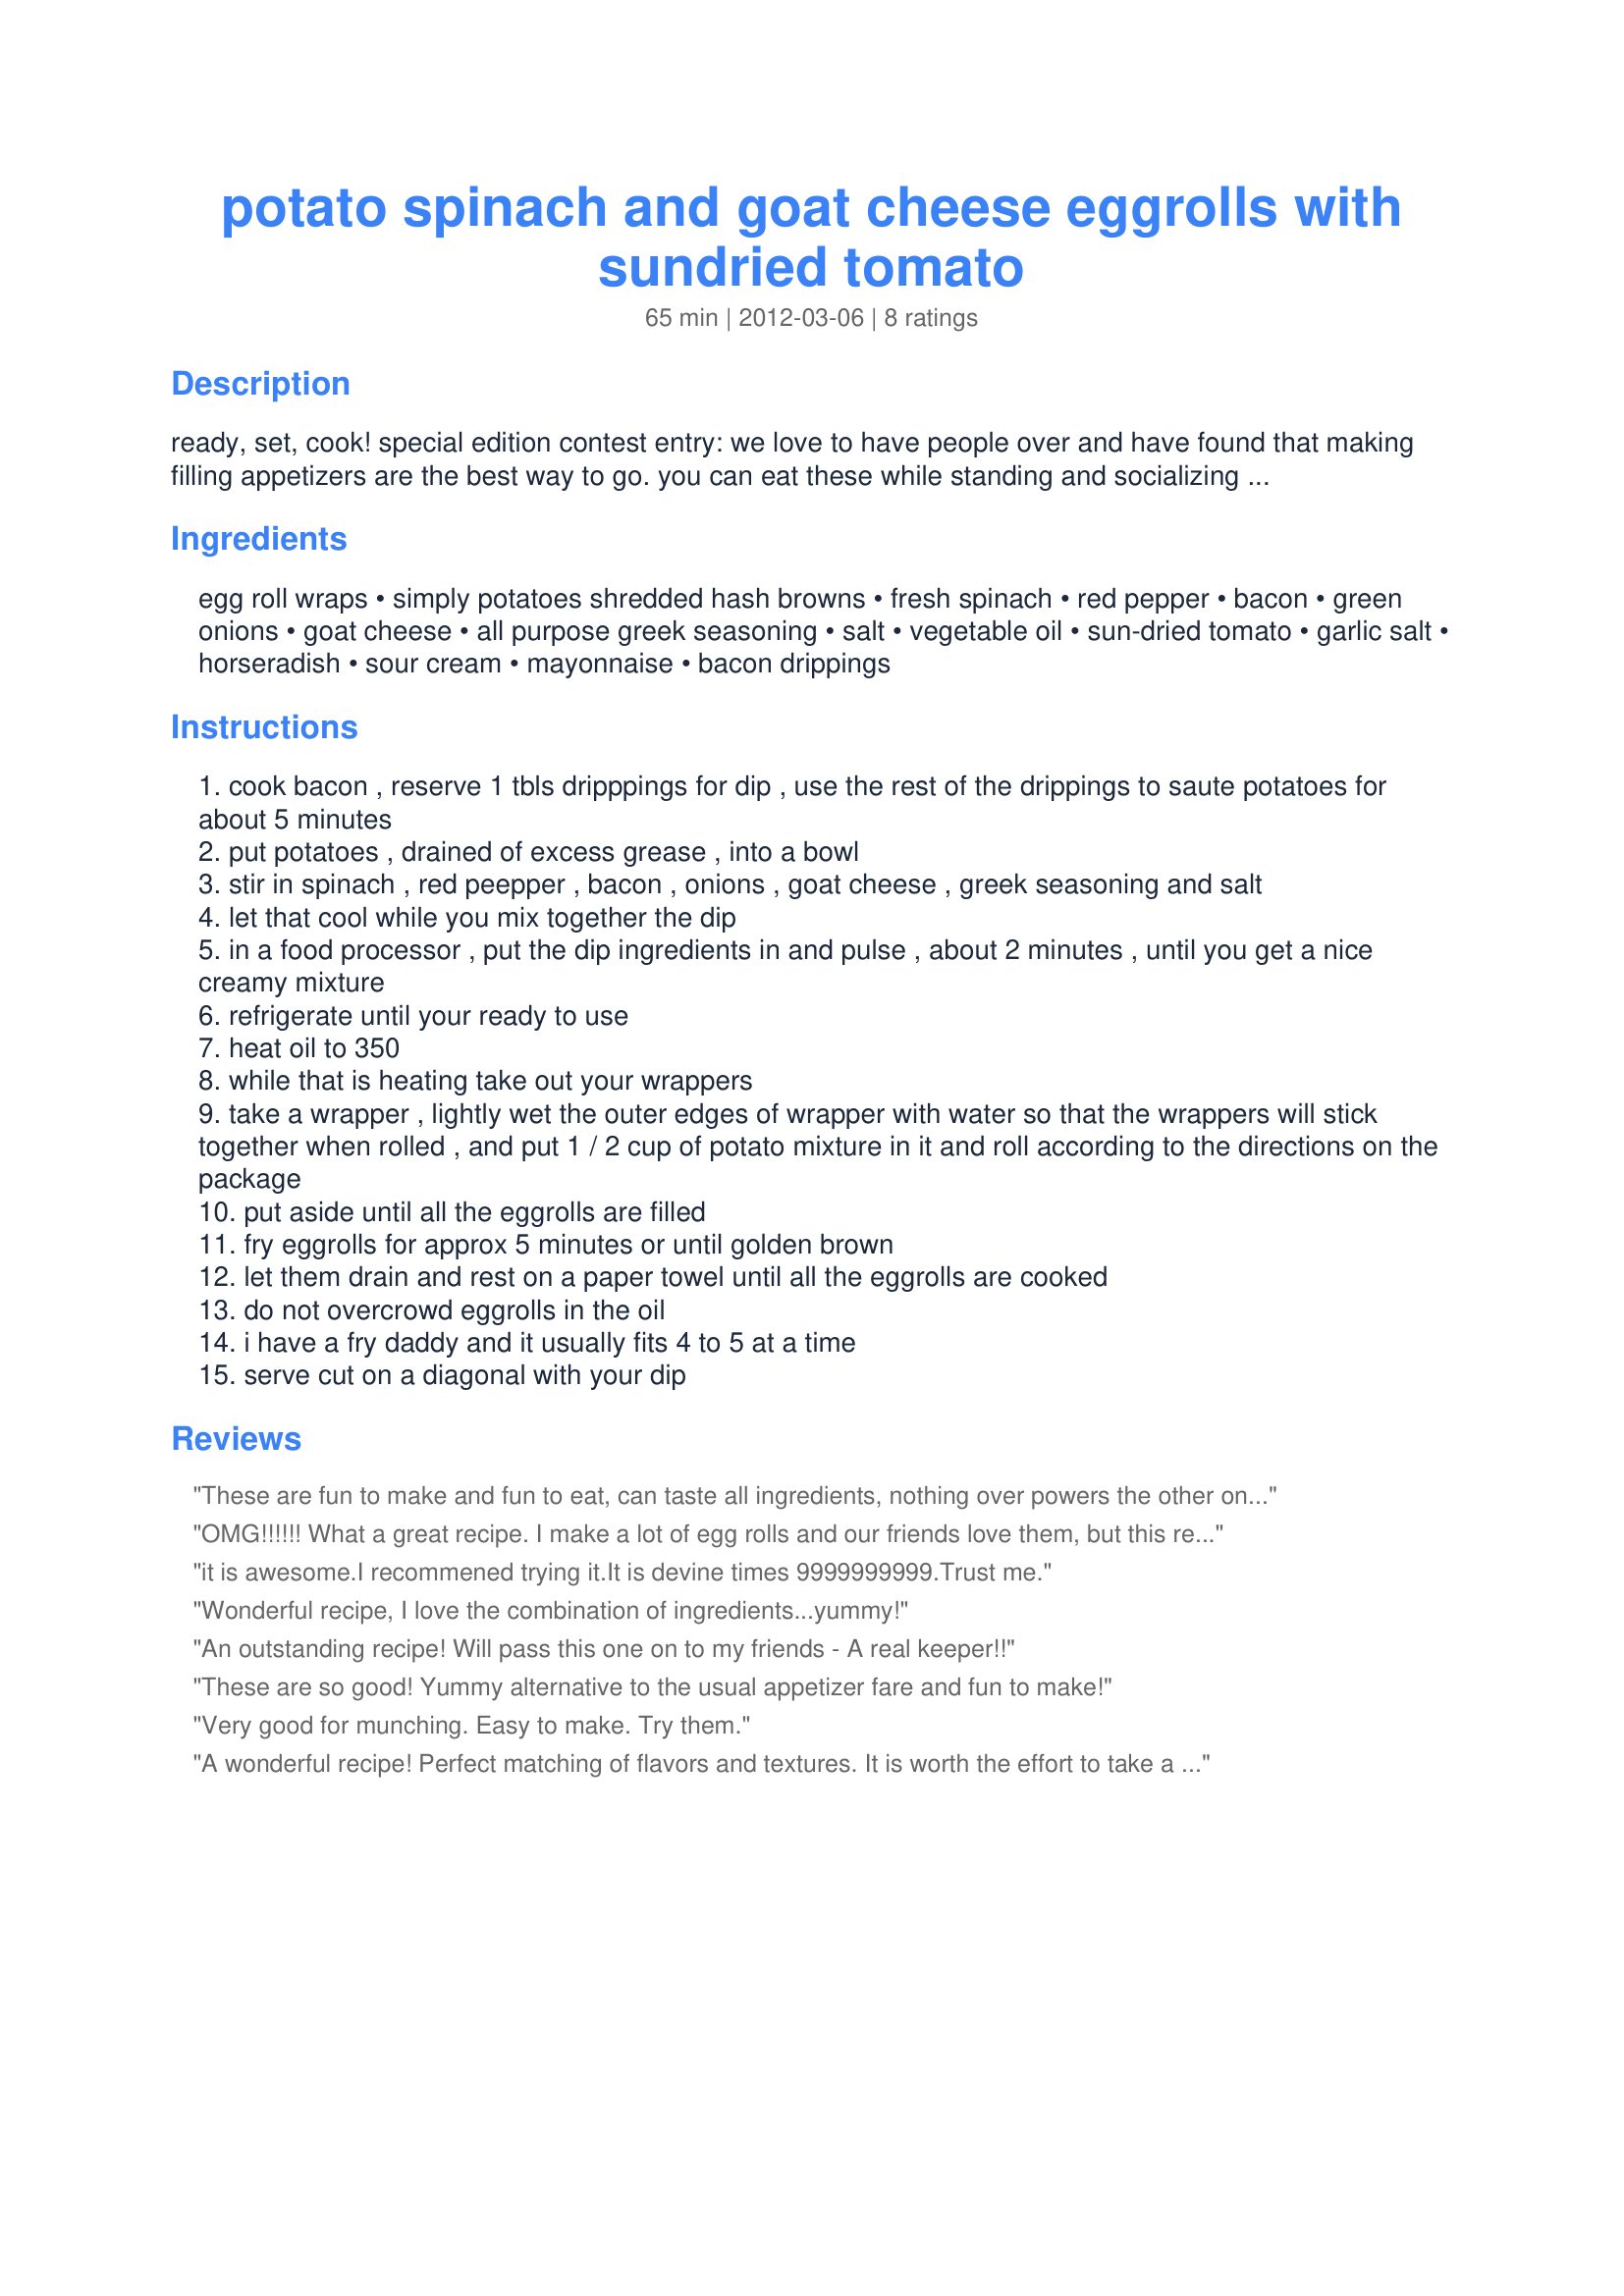
potato spinach and goat cheese eggrolls with sundried tomato
Preparation time: 65 minutes

ready, set, cook! special edition contest entry: we love to have people over and have found that making filling appetizers are the best way to go. you can eat these while standing and socializing or sitting watching the games. they can be made ahead of time and frozen, then pulled out and popped into the oven or refried to serve.

Ingredients:
egg roll wraps, simply potatoes shredded hash browns, fresh spinach, red pepper, bacon, green onions, goat cheese, all purpose greek seasoning, salt, vegetable oil, sun-dried tomato, garlic salt, horseradish, sour cream, mayonnaise, bacon drippings

Steps:
cook bacon , reserve 1 tbls dripppings for dip , use the rest of the drippings to saute potatoes for about 5 minutes
put potatoes , drained of excess grease , into a bowl
stir in spinach , red peepper , bacon , onions , goat cheese , greek seasoning and salt
let that cool while you mix together the dip
in a food processor , put the dip ingredients in and pulse , about 2 minutes , until you get a nice creamy mixture
refrigerate until your ready to use
heat oil to 350
while that is heating take out your wrappers
take a wrapper , lightly wet the outer edges of wrapper with water so that the wrappers will stick together when rolled , and put 1 / 2 cup of potato mixture in it and roll according to the directions on the package
put aside until all the eggrolls are filled
fry eggrolls for approx 5 minutes or until golden brown
let them drain and rest on a paper towel until all the eggrolls are cooked
do not overcrowd eggrolls in the oil
i have a fry daddy and it usually fits 4 to 5 at a time
serve cut on a diagonal with your dip

Reviews:
These are fun to make and fun to eat, can taste all ingredients, nothing over powers the other ones. Will be making these for alot of get togethers, I will try freezing for the unplaned get togethers. Awesome.
OMG!!!!!! What a great recipe. I make a lot of egg rolls and our friends love them, but this recipe really wowed them, especially our vegetarian friends. I have more in the freezer for this weekend, can't wait. A fantastic recipe!
it is awesome.I recommened trying it.It is devine times 9999999999.Trust me.
Wonderful recipe, I love the combination of ingredients...yummy!
An outstanding recipe! Will pass this one on to my friends - A real keeper!!
These are so good! Yummy alternative to the usual appetizer fare and fun to make!
Very good for munching. Easy to make. Try them.
A wonderful recipe! Perfect matching of flavors and textures. It is worth the effort to take a morning & make lots because they are so easy to freeze and grab as many as needed when unforseen guests are coming or when you need to bring something for a get together.<br/>A true keeper of a recipe!
